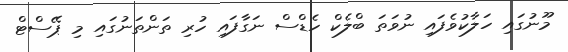
މޫނުގައި ހަލާކުވެފައި ނުވަތަ ބްލެކް ހެޑްސް ނަގާފައި ހުރި ތަންތަނުގައި މި ޕޭސްޓް